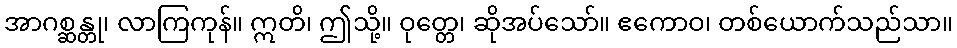
အာဂစ္ဆန္တု၊ လာကြကုန်။ ဣတိ၊ ဤသို့။ ဝုတ္တေ၊ ဆိုအပ်သော်။ ဧကောဝ၊ တစ်ယောက်သည်သာ။